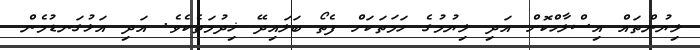
ލިޔުންތައް އިސްލާހްކޮށް އަދި ލިޔުމުގެ ހަމަތަކަށް ފެތޯ ބަލައިދޭ ޚިދުމަތެކެވެ. އަދި އަޅުގަނޑުމެން